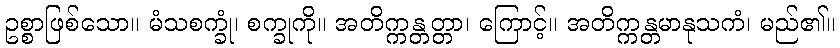
ဥစ္စာဖြစ်သော။ မံသစက္ခုံ၊ စက္ခုကို။ အတိက္ကန္တတ္တာ၊ ကြောင့်။ အတိက္ကန္တမာနုသကံ၊ မည်၏။